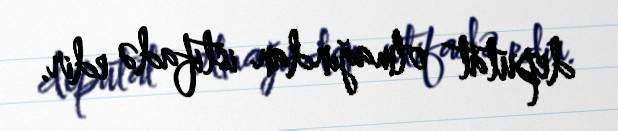
deputat olmağından istifadə edir.